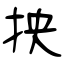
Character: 抰